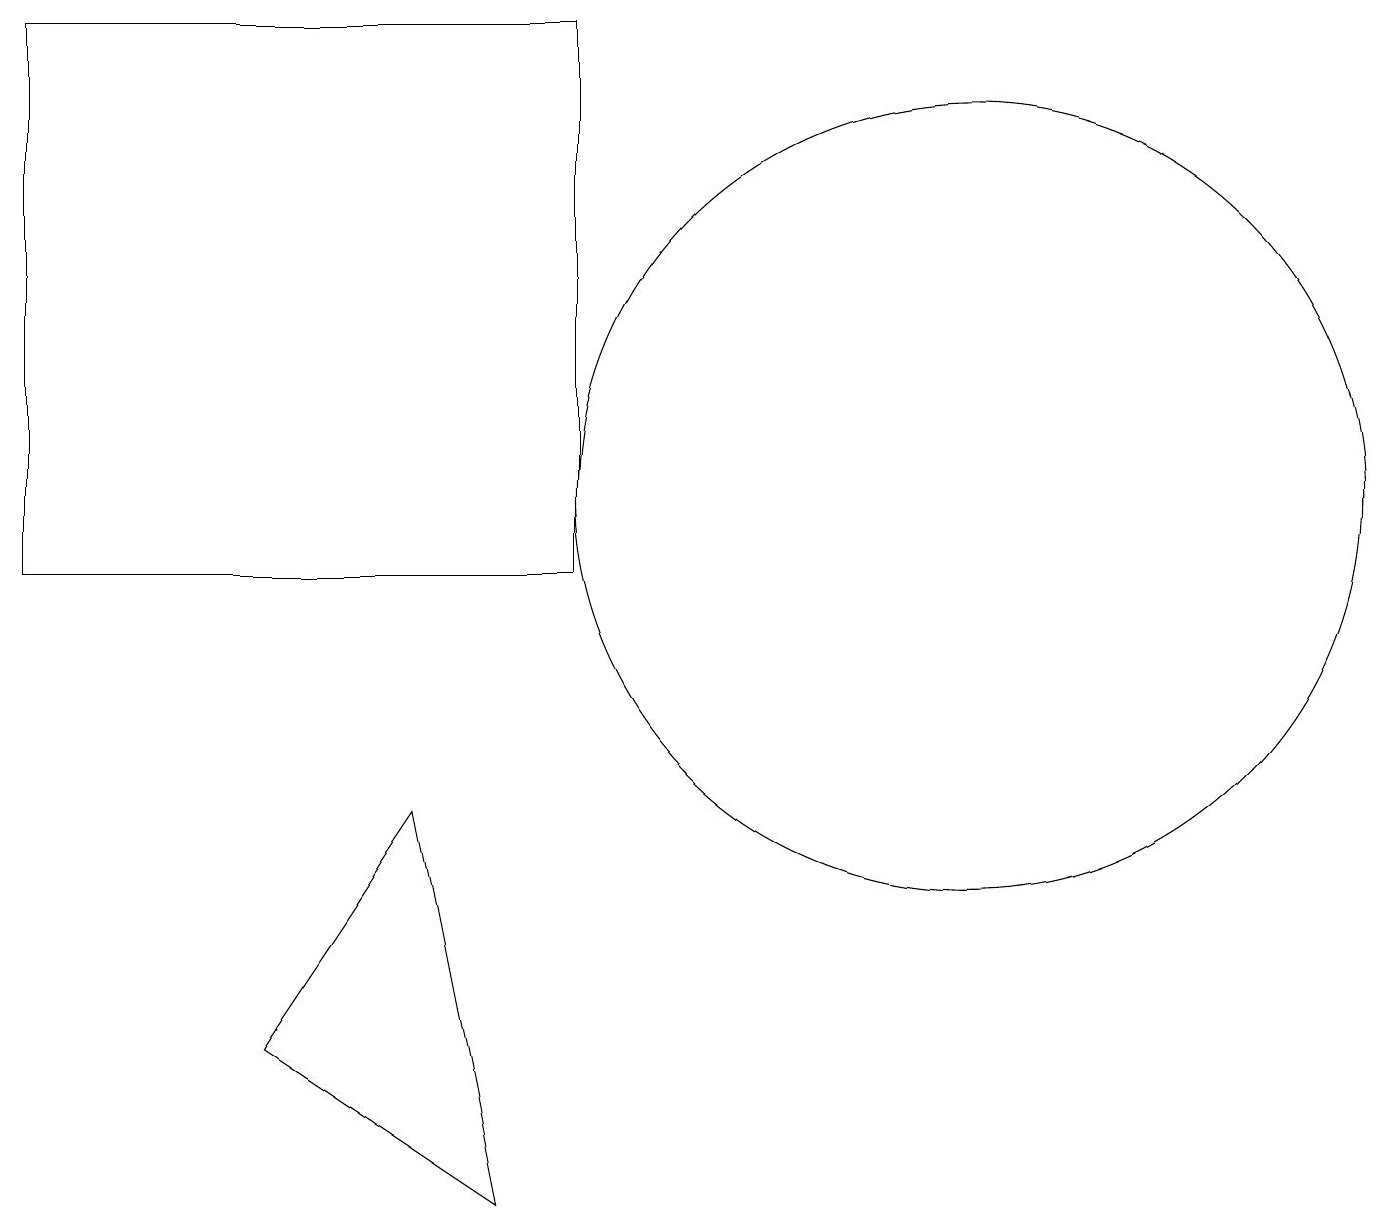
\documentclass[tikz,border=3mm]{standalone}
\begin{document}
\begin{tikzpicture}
\draw (11,10) circle (0);
\draw (3,5) -- (5,8) -- (6,3) -- cycle;
\draw (0,11) rectangle (7,18);
\draw (12,12) circle (5);
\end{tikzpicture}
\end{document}